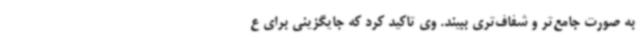
به صورت جامع‌تر و شفاف‌تری ببیند. وی تاکید کرد که جایگزینی برای ع